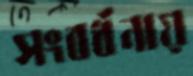
সংবর্ধনায়